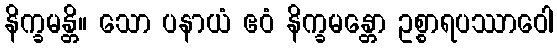
နိက္ခမန္တိ။ သော ပနာယံ ဧဝံ နိက္ခမန္တော ဥစ္စာရပဿာဝေါ